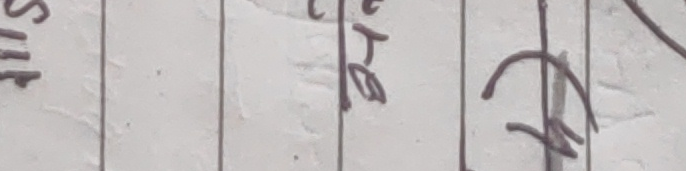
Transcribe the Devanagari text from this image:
सि गुतो